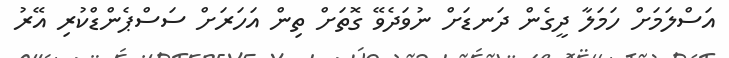
އަސްލަމަށް ހަމަލާ ދީގެން ދަނޑަށް ނުވަދެވޭ ގޮތަށް ތިން އަހަރަށް ސަސްޕެންޑްކުރި އޭރު